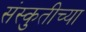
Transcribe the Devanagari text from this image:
संस्कुतीच्या